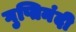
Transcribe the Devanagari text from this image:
गुप्तिनंदी